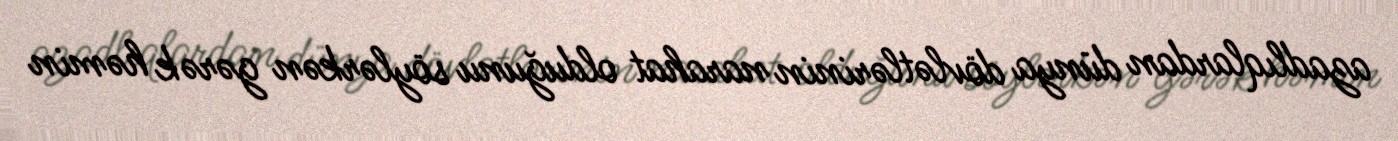
azadlıqlardan dünya dövlətlərinin narahat olduğunu söylərkən gərək həmin